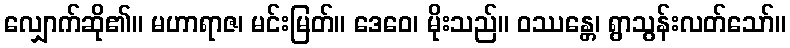
လျှောက်ဆို၏။ မဟာရာဇ၊ မင်းမြတ်။ ဒေဝေ၊ မိုးသည်။ ဝဿန္တေ၊ ရွာသွန်းလတ်သော်။